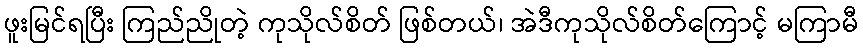
ဖူးမြင်ရပြီး ကြည်ညိုတဲ့ ကုသိုလ်စိတ် ဖြစ်တယ်၊ အဲဒီကုသိုလ်စိတ်ကြောင့် မကြာမီ